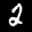
Label: 2